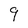
Character: 9